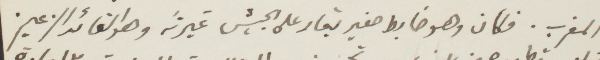
المفرب. فكان وهو ضابط صغير يغار على الجيش غيرته وهو القائد الزعيم.